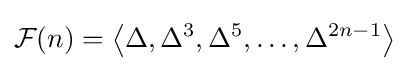
{\mathcal {F}}(n)=\left\langle \Delta ,\Delta ^{3},\Delta ^{5},\dots ,\Delta ^{2n-1}\right\rangle